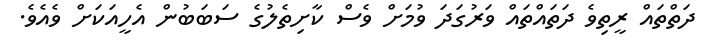
ދަތްތައް ރީތިވެ ދަތައްތައް ވަރުގަދަ ވުމަށް ވެސް ކާށިތެލުގެ ސަބަބުން އެހީއަކަށް ވެއެވެ.